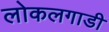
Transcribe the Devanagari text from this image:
लोकलगाडी